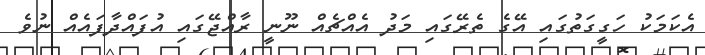
އެކަމަކު ހަގީގަތުގައި އޭގެ ތެރޭގައި މަދު އެއްޗެއް ނޫނީ ރާއްޖޭގައި އުފައްދާފައެއް ނުވެ